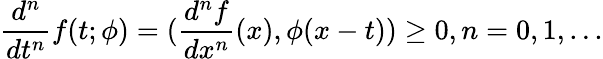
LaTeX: \frac{d^{n}}{dt^{n}}f(t;\phi)=(\frac{d^{n}f}{dx^{n}}(x),\phi(x-t))\geq 0,n=0,1,...